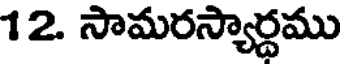
12. సామరస్యార్ధము